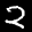
Label: 2